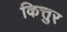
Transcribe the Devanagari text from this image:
कित्तुर